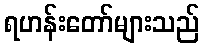
ရဟန်းတော်များသည်